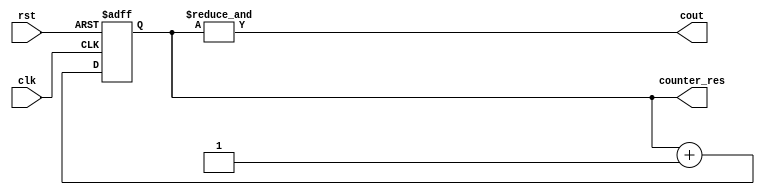
module Counter (
    input clk,rst,
    output cout,
    output reg [7:0] counter_res
);
    always @(posedge clk, posedge rst) begin
        if (rst)
            counter_res = 8'b0;
        else
            counter_res = counter_res + 1'b1;
    end
    assign cout = &{counter_res};
endmodule